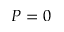
P = 0